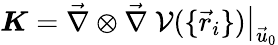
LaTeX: \boldsymbol{K}=\vec{\nabla}\otimes\vec{\nabla}~\mathcal{V}(\{ \vec{r}_{i}\} )\big|_{\vec{u}_{0}}